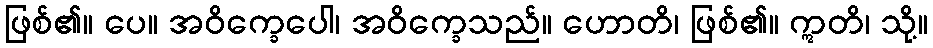
ဖြစ်၏။ ပေ။ အဝိက္ခေပေါ၊ အဝိက္ခေသည်။ ဟောတိ၊ ဖြစ်၏။ ဣတိ၊ သို့။